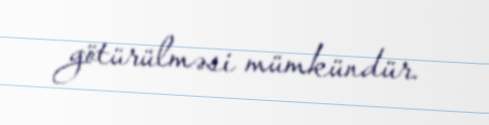
götürülməsi mümkündür.